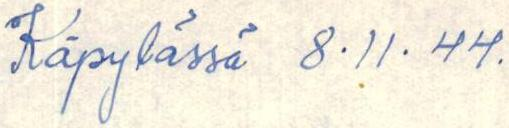
Käpylässä 8.11. 44.